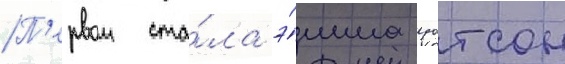
П'ервои ста́ла э́мма уотсон